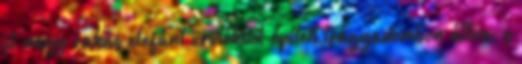
jó nagy rakás elefánt ürülékből épített trágyadombon állva, s